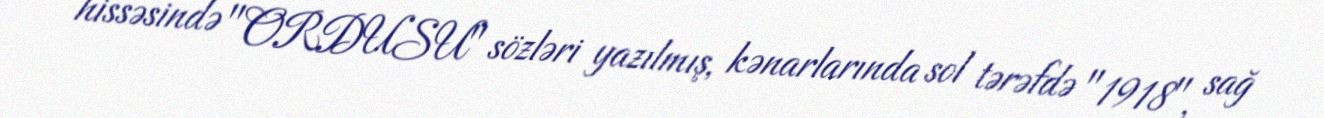
hissəsində "ORDUSU" sözləri yazılmış, kənarlarında sol tərəfdə "1918", sağ